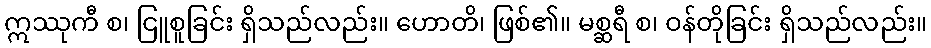
ဣဿုကီ စ၊ ငြူစူခြင်း ရှိသည်လည်း။ ဟောတိ၊ ဖြစ်၏။ မစ္ဆရီ စ၊ ဝန်တိုခြင်း ရှိသည်လည်း။